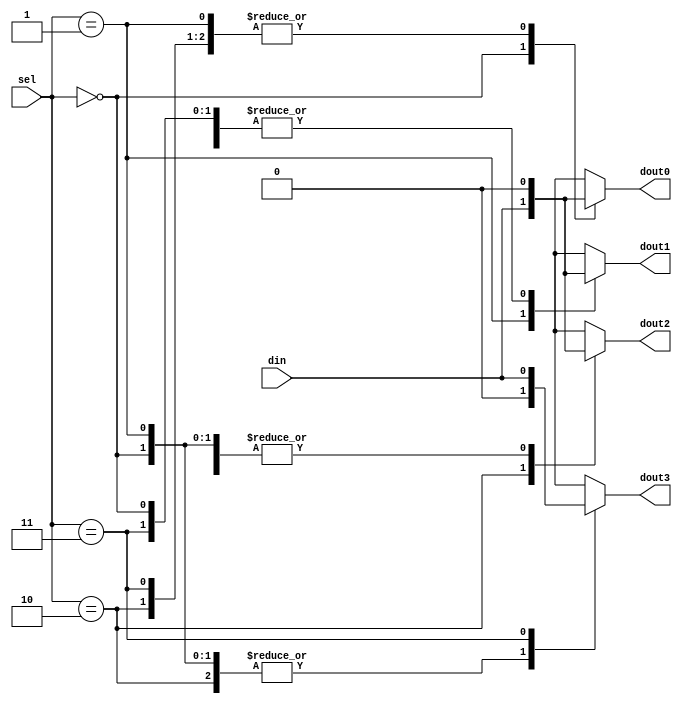
module b1_demux_1_4_case
(
    input      din, 
    input      [1:0] sel,
    output reg dout0, 
    output reg dout1,
    output reg dout2,
    output reg dout3
);
    always @(*)
        case (sel)
            2'b00: 
            begin
                dout0 = din;
                dout1 = 0;
                dout2 = 0;
                dout3 = 0;
            end
            2'b01: 
            begin
                dout0 = 0;
                dout1 = din;
                dout2 = 0;
                dout3 = 0;
            end
            2'b10: 
            begin
                dout0 = 0;
                dout1 = 0;
                dout2 = din;
                dout3 = 0;
            end
            2'b11: 
            begin
                dout0 = 0;
                dout1 = 0;
                dout2 = 0;
                dout3 = din;
            end
        endcase
    
endmodule

module b1_demux_1_4_shift
(
    input      din, 
    input      [1:0] sel,
    output reg dout0, 
    output reg dout1,
    output reg dout2,
    output reg dout3
);

    always @(*)
        {dout3, dout2, dout1, dout0}= din<<sel;
        
endmodule

module bn_demux_1_4_case
#(parameter DATA_WIDTH=2)
(
    input      [DATA_WIDTH-1:0] din, 
    input      [1:0] sel,
    output reg [DATA_WIDTH-1:0] dout0, 
    output reg [DATA_WIDTH-1:0] dout1,
    output reg [DATA_WIDTH-1:0] dout2,
    output reg [DATA_WIDTH-1:0] dout3
);

    always @(*)
        case (sel)
            2'b00: 
            begin
                dout0 = din;
                dout1 = 0;
                dout2 = 0;
                dout3 = 0;
            end
            2'b01: 
            begin
                dout0 = 0;
                dout1 = din;
                dout2 = 0;
                dout3 = 0;
            end
            2'b10: 
            begin
                dout0 = 0;
                dout1 = 0;
                dout2 = din;
                dout3 = 0;
            end
            2'b11: 
            begin
                dout0 = 0;
                dout1 = 0;
                dout2 = 0;
                dout3 = din;
            end
        endcase
        
endmodule

module b2_demux_1_4_block
(
    input   [1:0] din, 
    input   [1:0] sel,
    output  [1:0] dout0, 
    output  [1:0] dout1,
    output  [1:0] dout2,
    output  [1:0] dout3
);
    
    b1_demux_1_4_case dmux0  (.din(din[0]),      .sel(sel),          .dout0(dout0[0]), 
                              .dout1(dout1[0]),  .dout2(dout2[0]),   .dout3(dout3[0]));
    b1_demux_1_4_shift dmux1 (.din(din[1]),      .sel(sel),          .dout0(dout0[1]), 
                              .dout1(dout1[1]),  .dout2(dout2[1]),   .dout3(dout3[1]));
        
endmodule


//`define CASE 

module nbit_4in1_demux
(
    input   [ 1:0]  KEY,
    input   [ 9:0]  SW,
    output  [ 9:0]  LEDR
);

`ifdef CASE 
    bn_demux_1_4_case #(2) bn_demux_1_4_case (.din(SW[1:0]),     .sel(KEY[1:0]),    .dout0(LEDR[1:0]), 
                                              .dout1(LEDR[3:2]), .dout2(LEDR[5:4]), .dout3(LEDR[7:6]));
`else
    b2_demux_1_4_block b2_demux_1_4_block    (.din(SW[1:0]),     .sel(KEY[1:0]),    .dout0(LEDR[1:0]), 
                                              .dout1(LEDR[3:2]), .dout2(LEDR[5:4]), .dout3(LEDR[7:6]));
`endif
    
endmodule